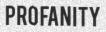
PROFANITY